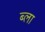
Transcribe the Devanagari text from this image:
ब्ला